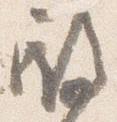
殿